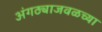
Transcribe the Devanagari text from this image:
अंगठ्याजवळच्या